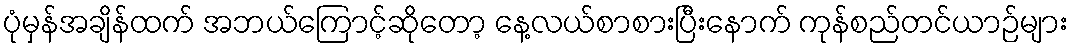
ပုံမှန်အချိန်ထက် အဘယ်ကြောင့်ဆိုတော့ နေ့လယ်စာစားပြီးနောက် ကုန်စည်တင်ယာဉ်များ